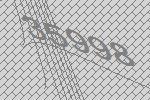
35998